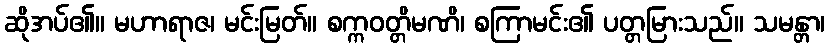
ဆိုအပ်၏။ မဟာရာဇ၊ မင်းမြတ်။ စက္ကဝတ္တိမဏိ၊ စကြာမင်း၏ ပတ္တမြားသည်။ သမန္တာ၊